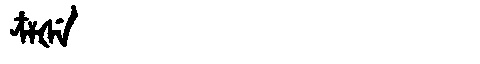
Manchu: ᠴᠶᡧᡝ
Romanization: CYŠE